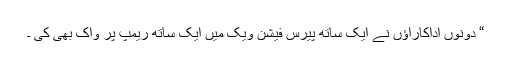
“ دونوں اداکاراﺅں نے ایک ساتھ پیرس فیشن ویک میں ایک ساتھ ریمپ پر واک بھی کی ۔